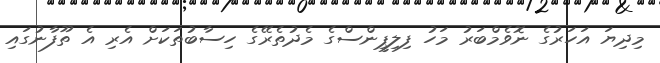
މިދިޔަ އަހަރުގެ ނޮވެމްބަރު މަހު ފިލިޕީންސްގެ މެދުތެރޭގެ ހިސާބުތަކަށް އެރި އެ ތޫފާނުގައި